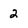
Character: 2